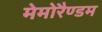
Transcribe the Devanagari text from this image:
मेमोरैण्डम